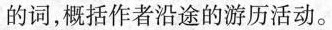
的词，概括作者沿途的游历活动。